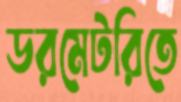
ডরমেটরিতে